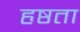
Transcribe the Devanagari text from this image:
हृष्ठता